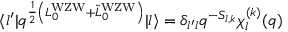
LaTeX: \langle l ^ { \prime } | q ^ { { \frac { 1 } { 2 } } \left( L _ { 0 } ^ { \mathrm { W Z W } } + { \tilde { L } } _ { 0 } ^ { \mathrm { W Z W } } \right) } | l \rangle = \delta _ { l ^ { \prime } l } q ^ { - S _ { l , k } } \chi _ { l } ^ { ( k ) } ( q )